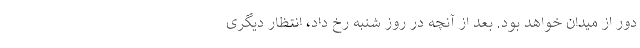
دور از میدان خواهد بود. بعد از آنچه در روز شنبه رخ داد، انتظار دیگری